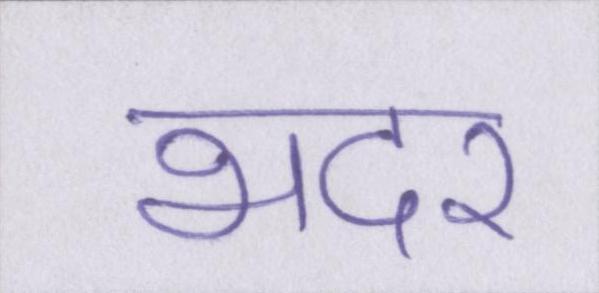
भदर